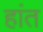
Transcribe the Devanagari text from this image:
हांत